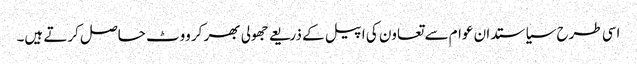
اسی طرح سیاستدان عوام سے تعاون کی اپیل کے ذریعے جھولی بھر کر ووٹ حاصل کرتے ہیں۔